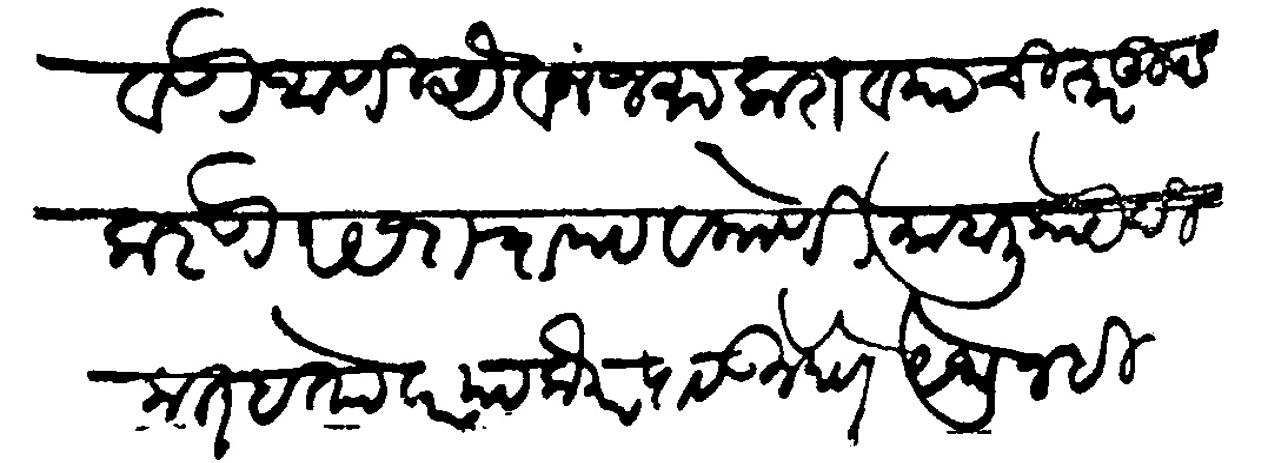
Transliteration (Devanagari): पाठवणे आणि औवज जमा करावयाची तरतूद करणे रसदाचा पट व कोणी माहाली कायेदीकत देता पट लौकर पाठवून देणे येथून ही